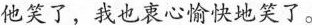
他笑了，我也衷心愉快地笑了。